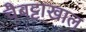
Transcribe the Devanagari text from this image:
चैबट्टाखाल